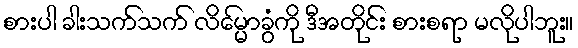
စားပါ ခါးသက်သက် လိမ္မော်ခွံကို ဒီအတိုင်း စားစရာ မလိုပါဘူး။